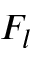
F _ { l }